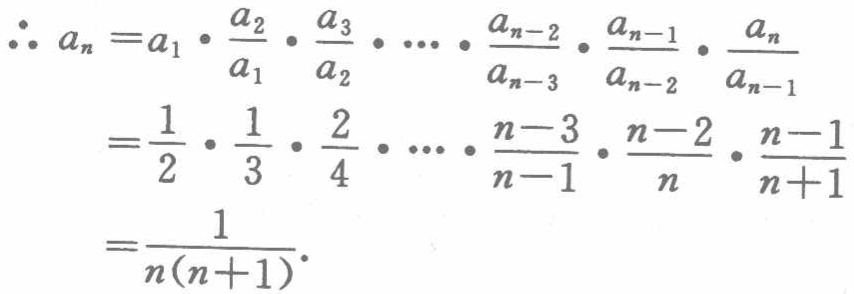
\begin{align*}
\therefore a_{n}&=a_{1}\cdot\frac{a_{2}}{a_{1}}\cdot\frac{a_{3}}{a_{2}}\cdot\cdots\cdot\frac{a_{n - 2}}{a_{n - 3}}\cdot\frac{a_{n - 1}}{a_{n - 2}}\cdot\frac{a_{n}}{a_{n - 1}}\\
&=\frac{1}{2}\cdot\frac{1}{3}\cdot\frac{2}{4}\cdot\cdots\cdot\frac{n - 3}{n - 1}\cdot\frac{n - 2}{n}\cdot\frac{n - 1}{n + 1}\\
&=\frac{1}{n(n + 1)}.
\end{align*}